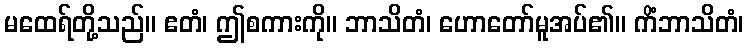
မထေရ်တို့သည်။ ဧတံ၊ ဤစကားကို။ ဘာသိတံ၊ ဟောတော်မူအပ်၏။ ကိံဘာသိတံ၊